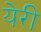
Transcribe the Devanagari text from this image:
येरी